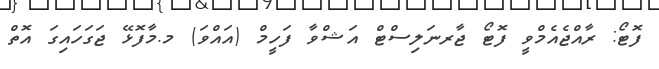
ފޮޓޯ: ރާއްޖެއެމްވީ ފޮޓޯ ޖާރނަލިސްޓް އަޝްވާ ފަހީމް (އައްވަ) މ.މާފޮޅޭ ޖަގަހައިގަ އޮތް